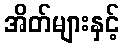
အိတ်များနှင့်